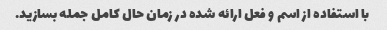
با استفاده از اسم و فعل ارائه شده در زمان حال کامل جمله بسازید.